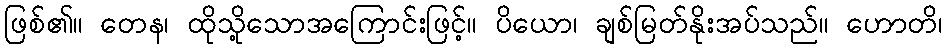
ဖြစ်၏။ တေန၊ ထိုသို့သောအကြောင်းဖြင့်။ ပိယော၊ ချစ်မြတ်နိုးအပ်သည်။ ဟောတိ၊